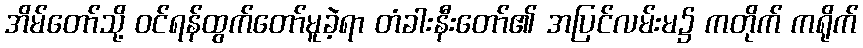
အိမ်တော်သို့ ဝင်ရန်ထွက်တော်မူခဲ့ရာ တံခါးနီးတော်၏ အပြင်လမ်းမ၌ ကတိုက် ကရိုက်